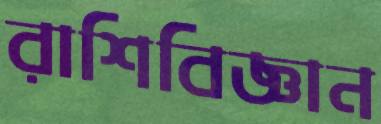
রাশিবিজ্ঞান